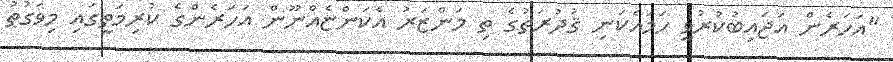
"އަހަރެން އަޖައިބުކުރުވީ ހަމައެކަނި ޤުދުރަތުގެ ތި މަންޒަރު އެކަންޏެއްނޫން އަހަރެންގެ ކުރިމަތީގައި މިވަގުތު